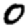
Digit: 0